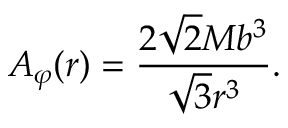
{ A } _ { \varphi } ( r ) = \frac { 2 \sqrt { 2 } M b ^ { 3 } } { \sqrt { 3 } r ^ { 3 } } .